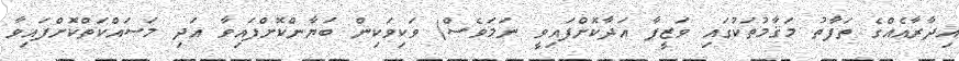
އިދާރާއެއްގެ ތަފާތު މަޤާމުތަކުގައި ވަޒީފާ އަދާކޮށްފައިވީ ނަމަވެސް) ވަކިވަކިން ބަޔާންކޮށްފައިވާ އަދި މަސައްކަތްކޮށްފައިވާ